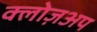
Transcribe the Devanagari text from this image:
क्लोज़अप